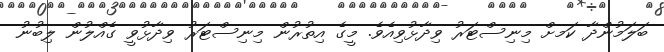
ބަލަމުންދާ ކަަމށް މިނިސްޓަރު ވިދާޅުވިއެވެ. މީގެ އިތުރުން މިނިސްޓަރު ވިދާޅުވީ ގެއްލުން ލިބުނު